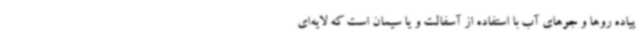
پیاده روها و جوهای آب با استفاده از آسفالت و یا سیمان است که لایه‌ای